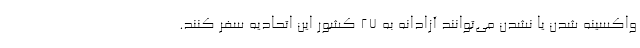
واکسینه شدن یا نشدن می‌توانند آزادانه به ۲۷ کشور این اتحادیه سفر کنند.